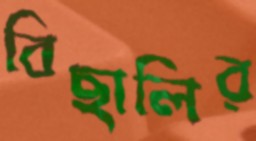
বিছালির